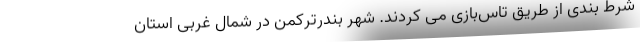
شرط بندی از طریق تاس‌بازی می کردند. شهر بندرترکمن در شمال غربی استان